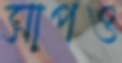
সাপও